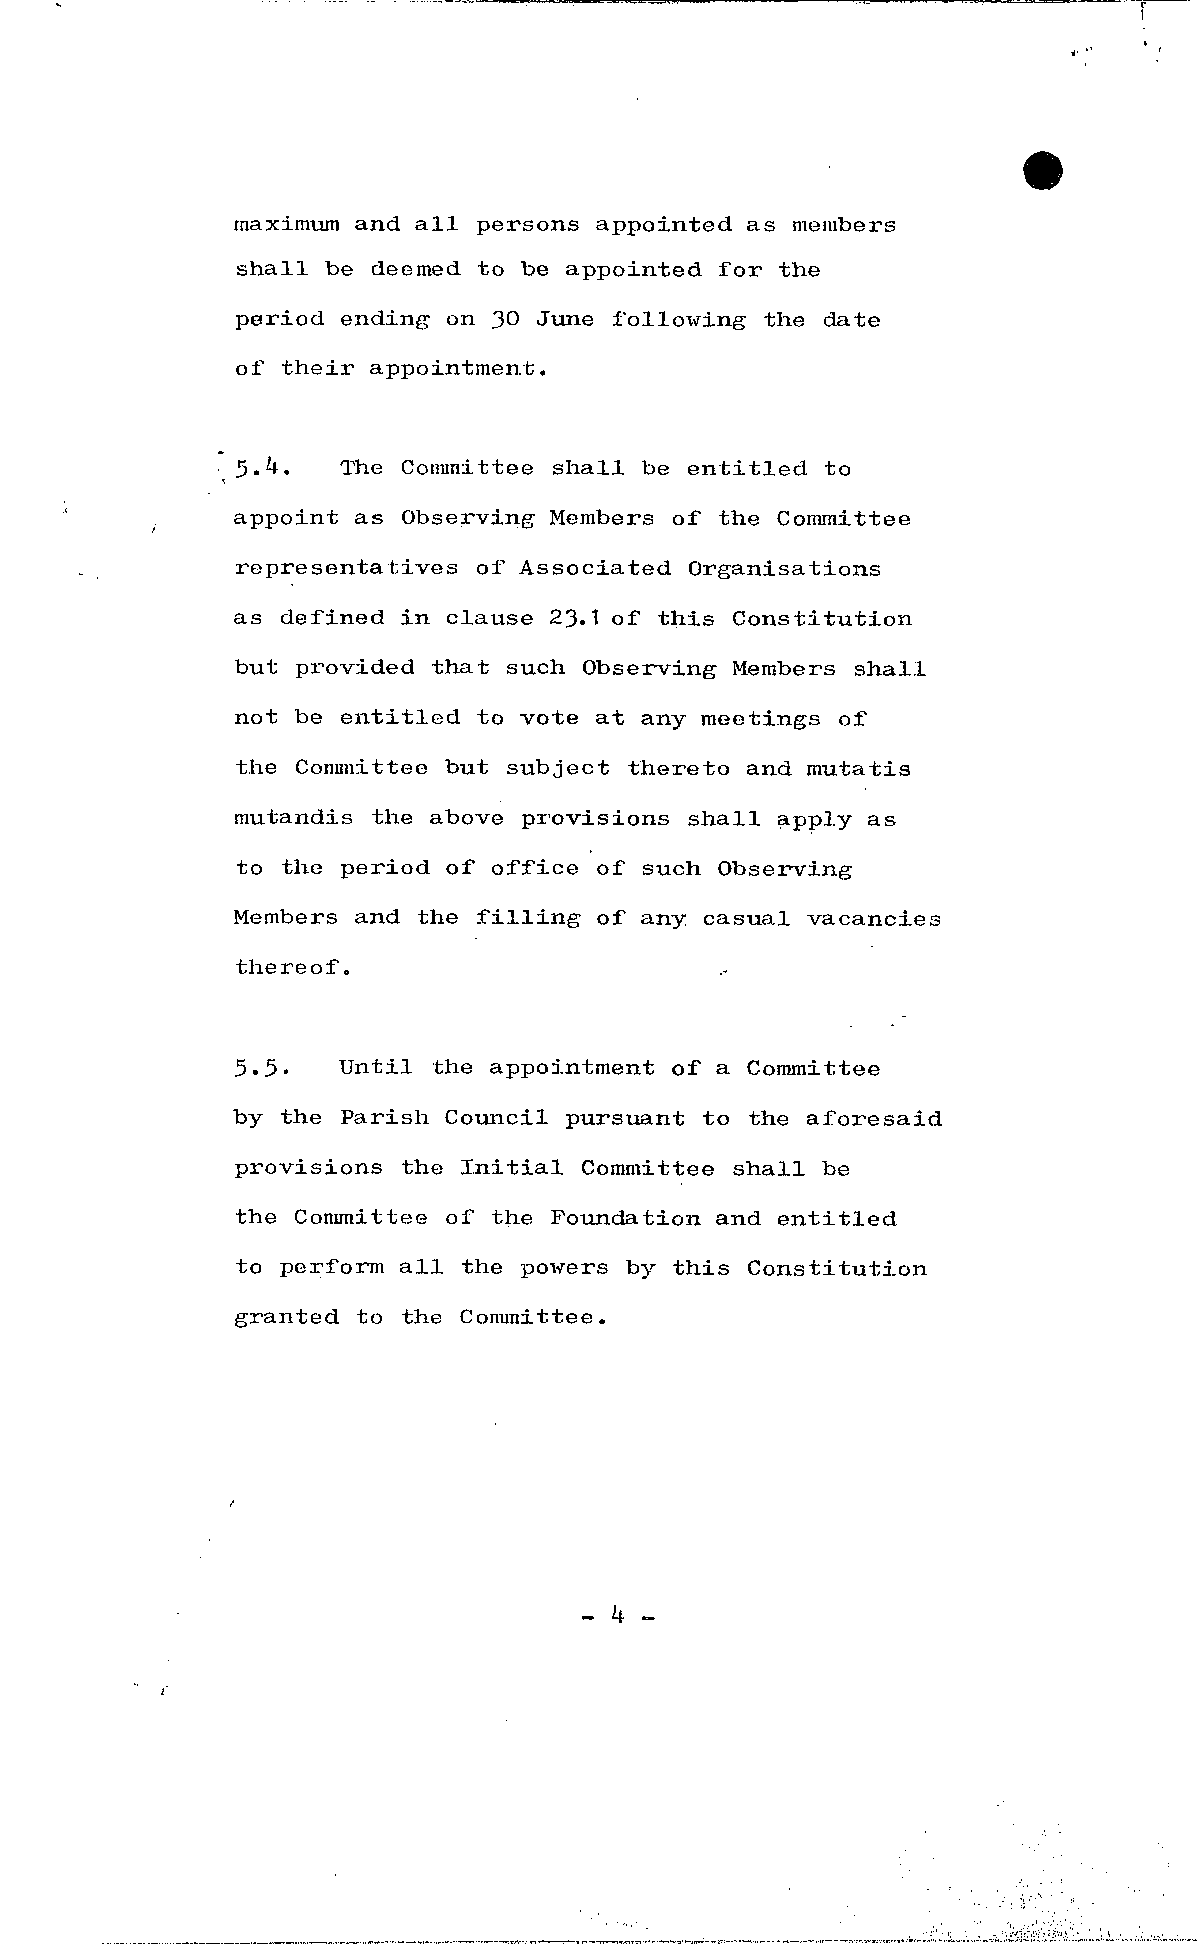
maximum and a ll persons appointed as members
 shall be deemed to be appointed f or the
 period ending on 30 June following the date
 of their appointment.
 5'k.  The Committee shall be entitled to
 appoint as Observing Members of the Committee
 representatives of Associated Organisations
 as defined in clause 23.1 of this Constitution
 but provided that such Observing Members shall
 not be entitled to vote at any meetings of
 the Committee but subject thereto and mutatis
 mutandis the above provisions shall apply as
 to the period of office of such Observing
 Members and the f i l l i ng of any casual vacancies
 thereof.
 5.5.  Until the appointment of a Committee
 by the Parish Council pursuant to the aforesaid
 provisions the I n i t i al Committee shall be
 the Committee of the Poundation and. entitled
 to perform a ll the powers by this Constitution
 granted to the Committee.
 - k -